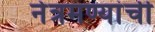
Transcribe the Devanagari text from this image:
नेत्रमण्यांची